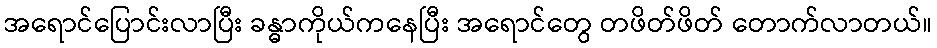
အရောင်ပြောင်းလာပြီး ခန္ဓာကိုယ်ကနေပြီး အရောင်တွေ တဖိတ်ဖိတ် တောက်လာတယ်။